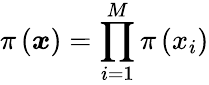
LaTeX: \pi\left(\boldsymbol{x}\right)=\prod_{i=1}^{M}\pi\left(x_{i}\right)